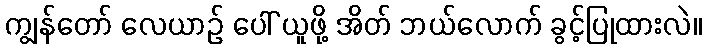
ကျွန်တော် လေယာဉ် ပေါ် ယူဖို့ အိတ် ဘယ်လောက် ခွင့်ပြုထားလဲ။